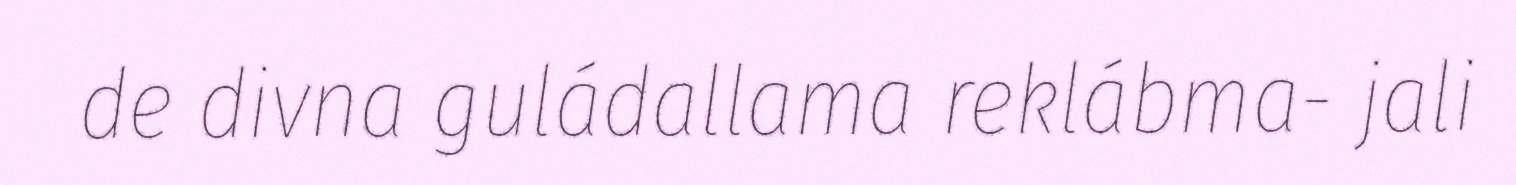
de divna guládallama reklábma- jali